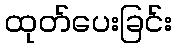
ထုတ်ပေးခြင်း